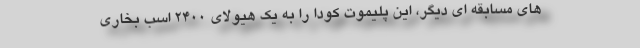
های مسابقه ای دیگر، این پلیموت کودا را به یک هیولای 2400 اسب بخاری